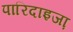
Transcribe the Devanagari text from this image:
पारिदाइजा़